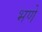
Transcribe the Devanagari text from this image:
भणे